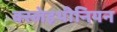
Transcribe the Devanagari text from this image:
क्स्लेइथीनियन